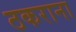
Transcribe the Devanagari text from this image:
ठकराना